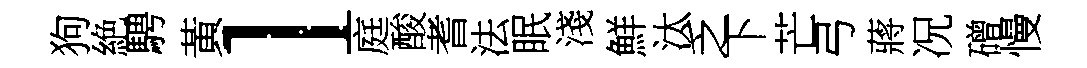
狗絶騁黃l庭酸耆法眠淺鮮汰乏下芒弓蔣况磳慢